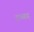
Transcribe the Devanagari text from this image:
डब्बह